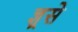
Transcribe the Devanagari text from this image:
ज्ञ्रसे